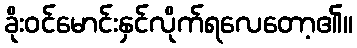
ခိုးဝင်မောင်းနှင်လိုက်ရလေတော့၏။